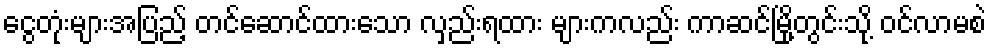
ငွေတုံးများအပြည့် တင်ဆောင်ထားသော လှည်းရထား များကလည်း ကာဆင်မြို့တွင်းသို့ ဝင်လာမစဲ